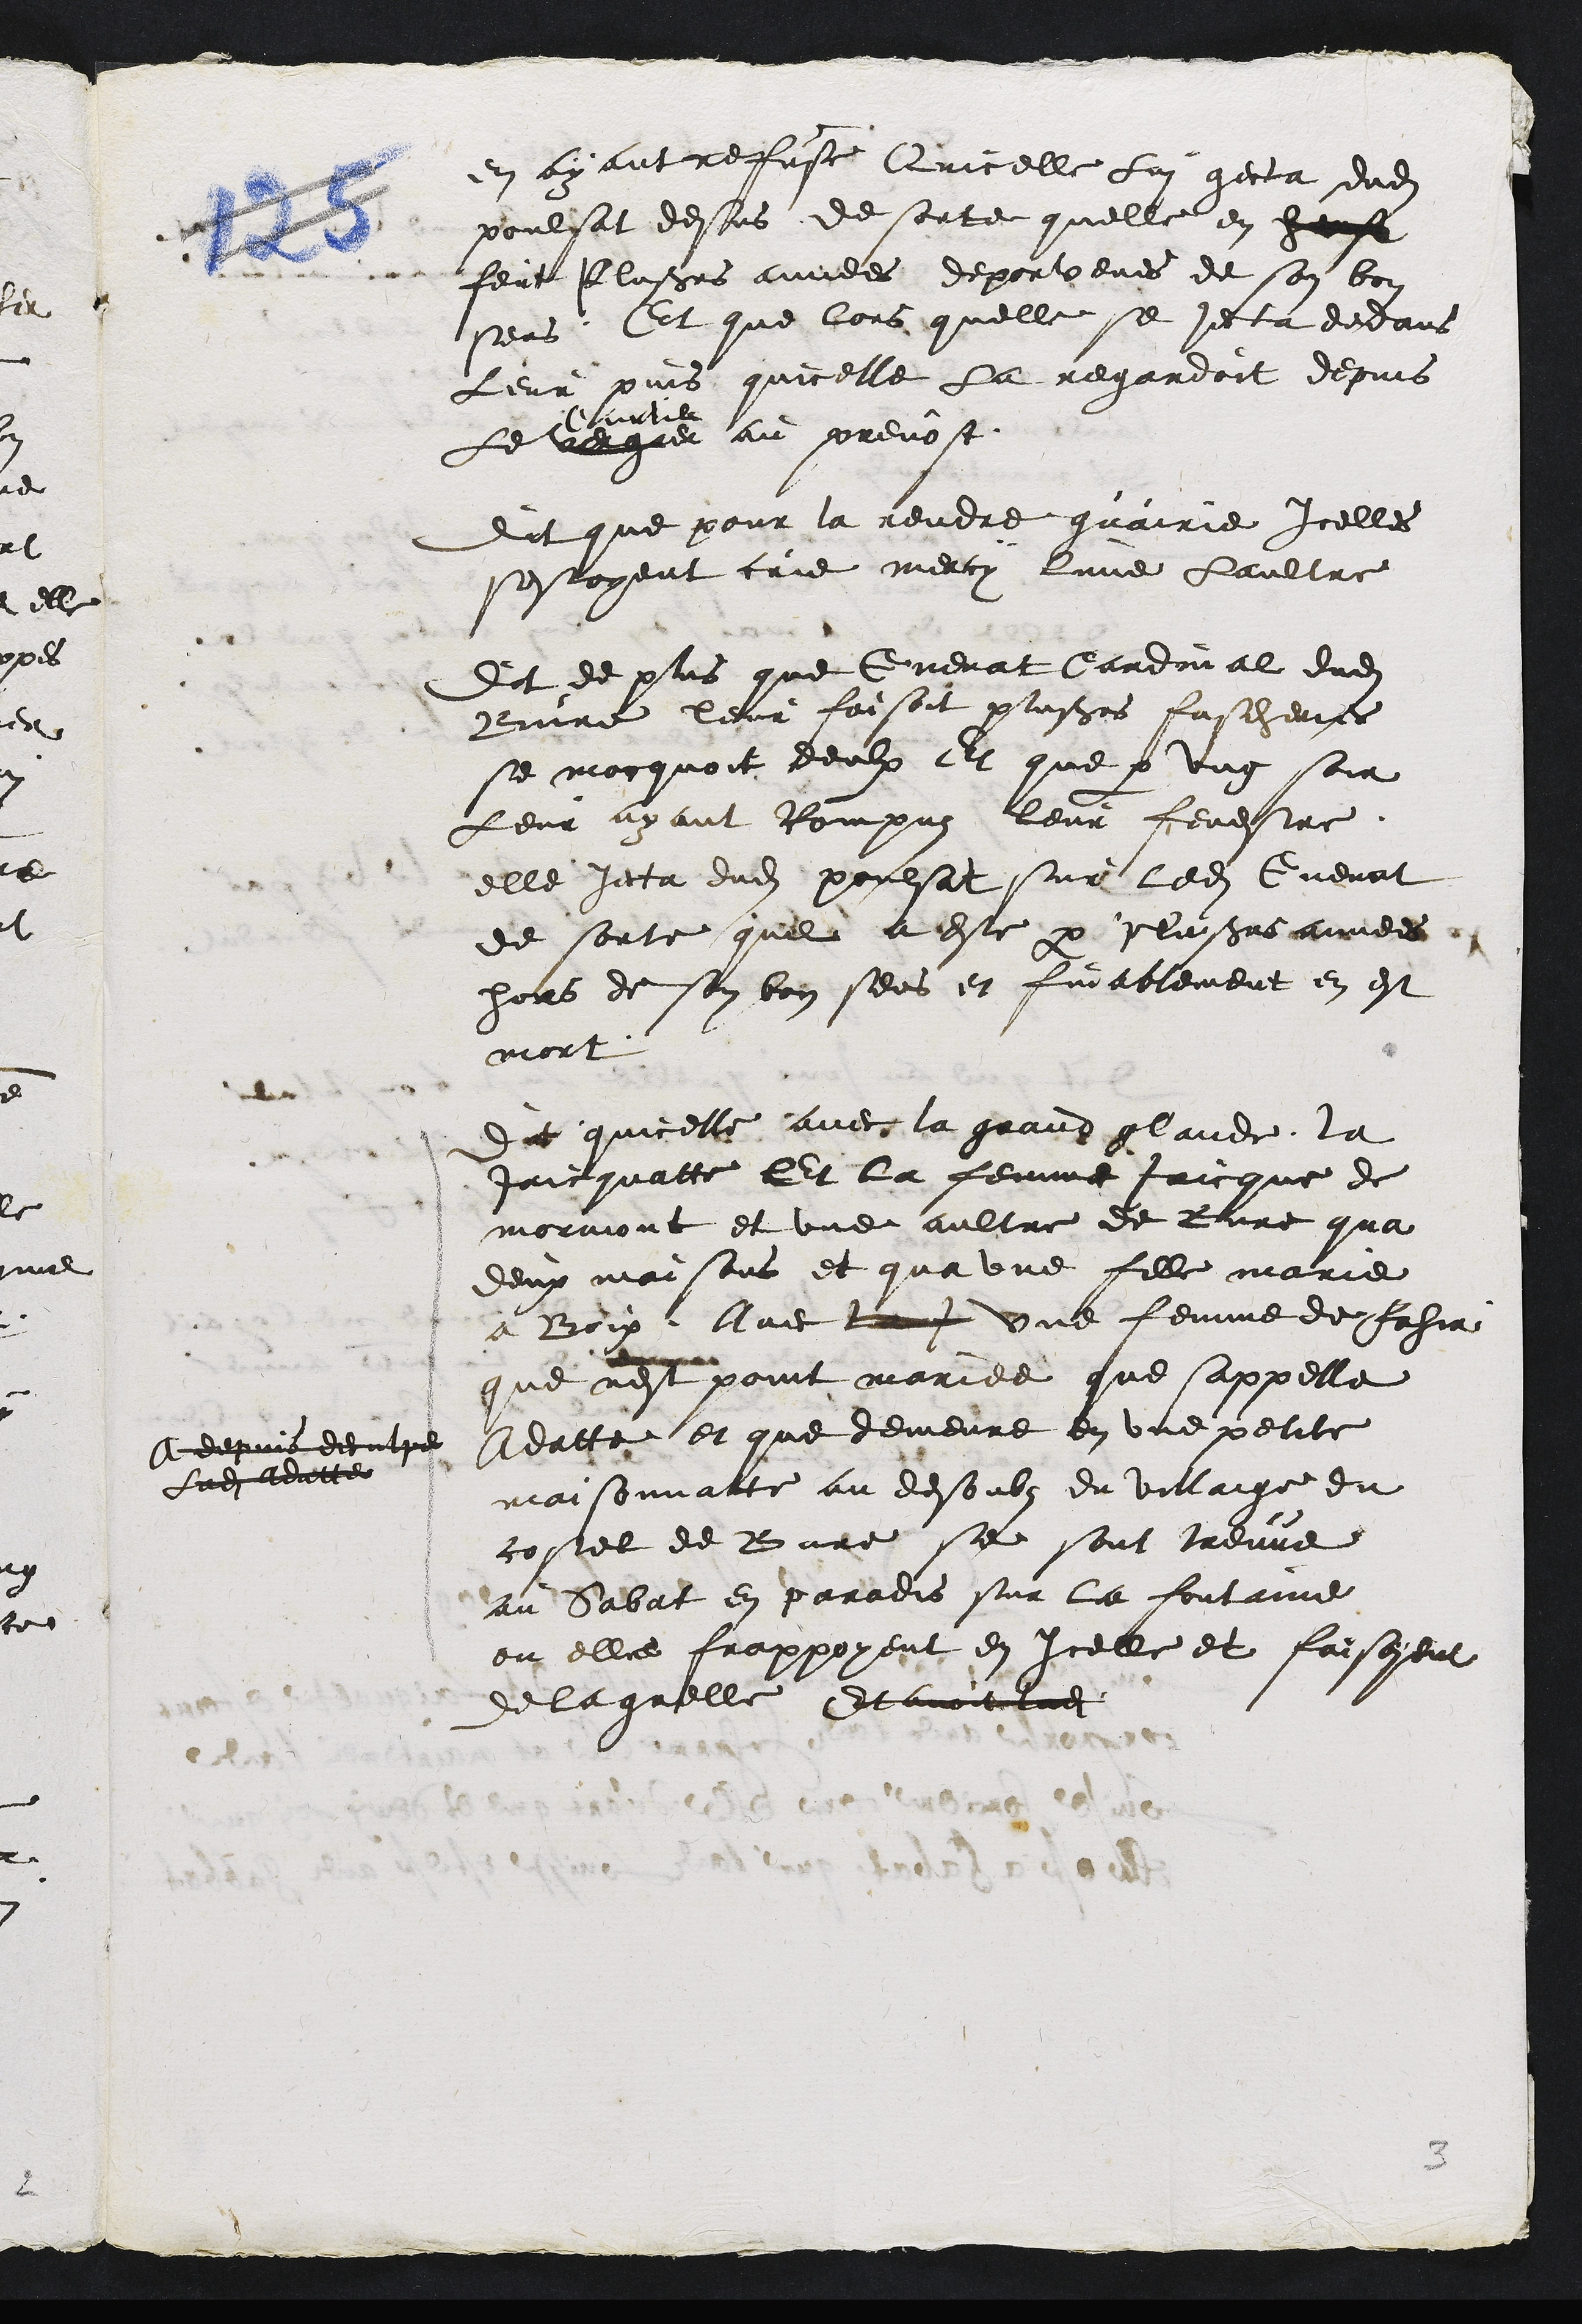
en ayant refuse Quicelle Lui gecta dudit
poulsat dessus de sorte quelle en heust
feit plusieurs avides deportenes de son bon
sers Et que lors quelle se jecta dedans
Leur puis quicelle La regardoit depuis
Le
curtile
verger au prevost
Dit que pour la rendre guairie icelles
sestoyent crie merci lune laultre
Dit de plus que Guenat Cardial dudit
Bure leur faisoit plusieurs fascherins
se morquoit deulx Et que a ung soir
Leur ayant Rompus leur fenestre
elle jecta dudit poulsat sur ledit Guenat
de sorte quil a este par plusieurs annees
hors de son bon sens et finablement en est
mort
Cepuis deculpe
Ladite Adate
Dit quicelle avec la grand plande la
Jaicquatte Et la femme Jaicque de
moraiont et une aultre de Bure qua
deux maisons et qua une fille marie
a Boux Avec tant une femme de fahir
que nest point marie que sappelle
datte et que demeure en une petite
maisonnatte au desoubs du villaige du
costel de Bure se sont treuve
au Sabat en paradis sur la fontaine
on elle frappoyent en icelle et faisoyent
de la quelle Et avoit de